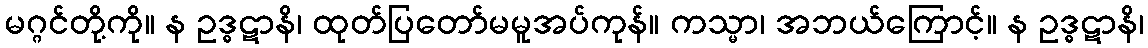
မဂ္ဂင်တို့ကို။ န ဥဒ္ဓဋာနိ၊ ထုတ်ပြတော်မမူအပ်ကုန်။ ကသ္မာ၊ အဘယ်ကြောင့်။ န ဥဒ္ဓဋာနိ၊